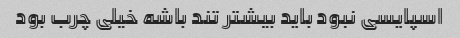
اسپایسی نبود باید بیشتر تند باشه خیلی چرب بود